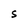
Character: S